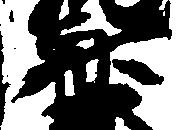
斎